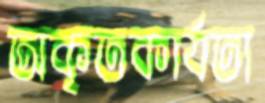
অকৃতকার্যতা